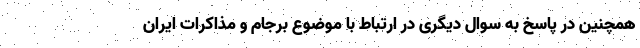
همچنین در پاسخ به سوال دیگری در ارتباط با موضوع برجام و مذاکرات ایران